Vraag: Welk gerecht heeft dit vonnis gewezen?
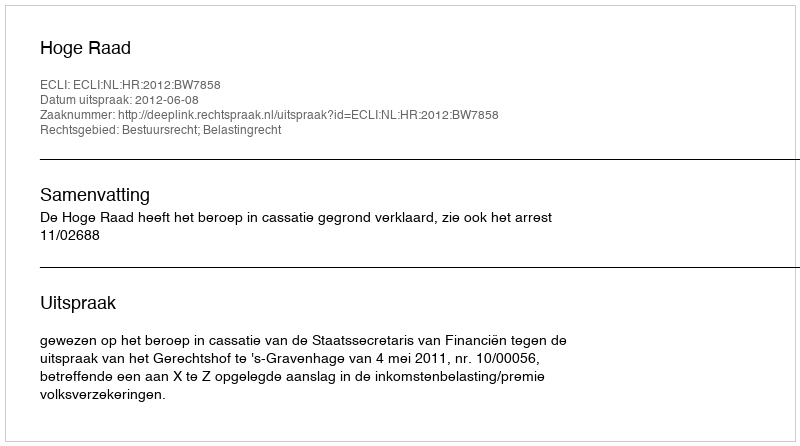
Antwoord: Hoge Raad